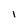
Character: 1